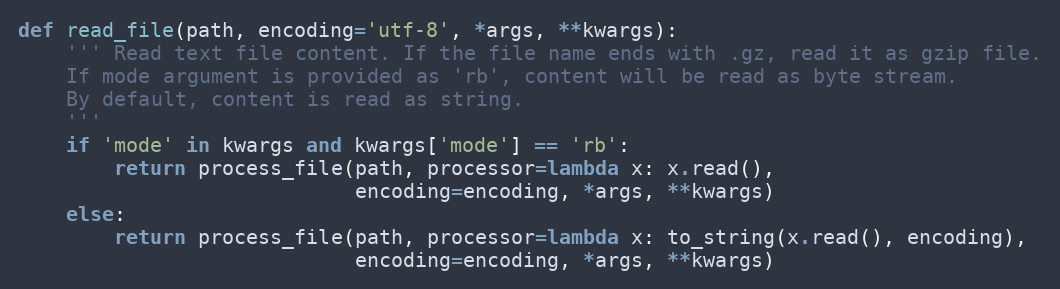
Language: Python
def read_file(path, encoding='utf-8', *args, **kwargs):
    ''' Read text file content. If the file name ends with .gz, read it as gzip file.
    If mode argument is provided as 'rb', content will be read as byte stream.
    By default, content is read as string.
    '''
    if 'mode' in kwargs and kwargs['mode'] == 'rb':
        return process_file(path, processor=lambda x: x.read(),
                            encoding=encoding, *args, **kwargs)
    else:
        return process_file(path, processor=lambda x: to_string(x.read(), encoding),
                            encoding=encoding, *args, **kwargs)